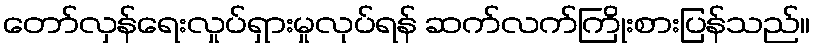
တော်လှန်ရေးလှုပ်ရှားမှုလုပ်ရန် ဆက်လက်ကြိုးစားပြန်သည်။